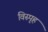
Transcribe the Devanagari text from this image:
विस्पृह